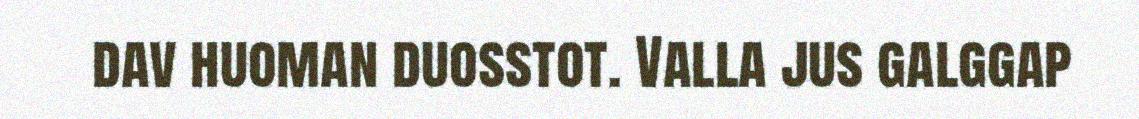
dav huoman duosstot. Valla jus galggap